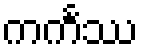
ကင်္ကဿ